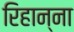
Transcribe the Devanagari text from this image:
रिहान्ना